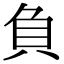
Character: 負